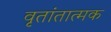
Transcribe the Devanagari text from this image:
वृतांतात्मक